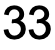
33